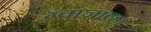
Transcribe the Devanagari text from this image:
ग्वाजाव्हा